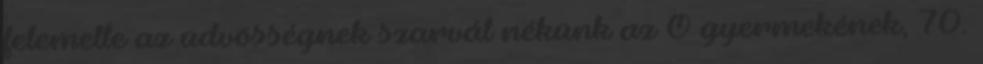
felemelte az üdvösségnek szarvát nékünk az Ő gyermekének, 70.